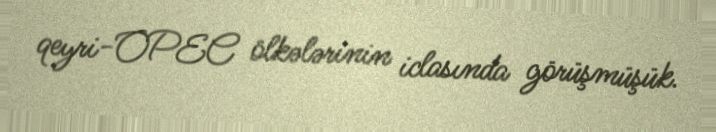
qeyri-OPEC ölkələrinin iclasında görüşmüşük.